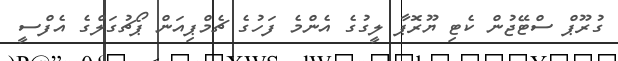
ގުރޫޕް ސްޓޭޖުން ކެޓި ޔޫރޮޕާ ލީގުގެ އެންމެ ފަހުގެ ޗެމްޕިއަން ޕޯޗުގަލްގެ އެފްސީ